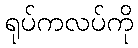
ရုပ်ကလပ်ကို